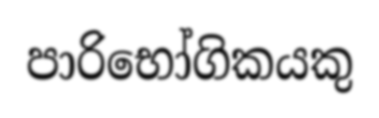
පාරිභෝගිකයකු